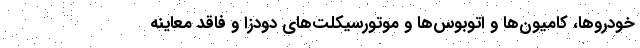
خودروها، کامیون‌ها و اتوبوس‌ها و موتورسیکلت‌های دودزا و فاقد معاینه